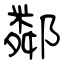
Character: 鄰